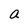
Character: a